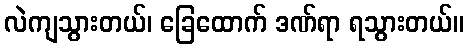
လဲကျသွားတယ်၊ ခြေထောက် ဒဏ်ရာ ရသွားတယ်။